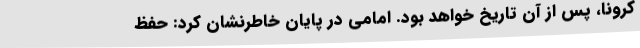
کرونا، پس از آن تاریخ خواهد بود. امامی در پایان خاطرنشان کرد: حفظ